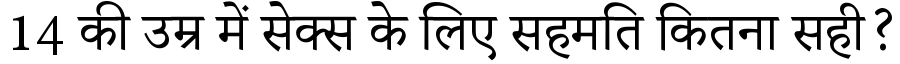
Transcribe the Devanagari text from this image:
14 की उम्र में सेक्स के लिए सहमति कितना सही?